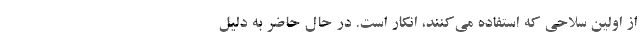
از اولین سلاحی که استفاده می‌کنند، انکار است. در حال حاضر به دلیل